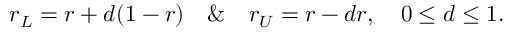
r _ { L } = r + d ( 1 - r ) \quad \& \quad r _ { U } = r - d r , \quad 0 \leq d \leq 1 .